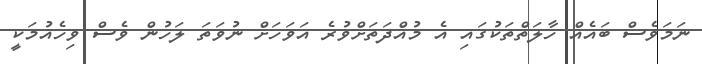
ނަމަވެސް ބައެއް ހާލަތްތަކުގައި އެ މުއްދަތަށްވުރެ އަވަހަށް ނުވަތަ ލަހުން ވެސް ވިހެއުމަކީ